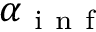
\alpha _ { \mathrm { ~ i ~ n ~ f ~ } }